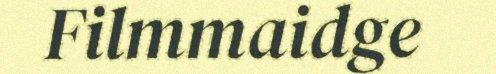
Filmmaidge